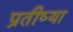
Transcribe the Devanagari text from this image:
प्रतीष्या